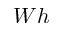
W h